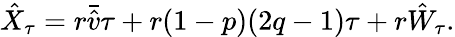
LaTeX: \hat{X}_{\tau}=r\bar{\hat{v}}\tau+r(1-p)(2q-1)\tau+r\hat{W}_{\tau}.